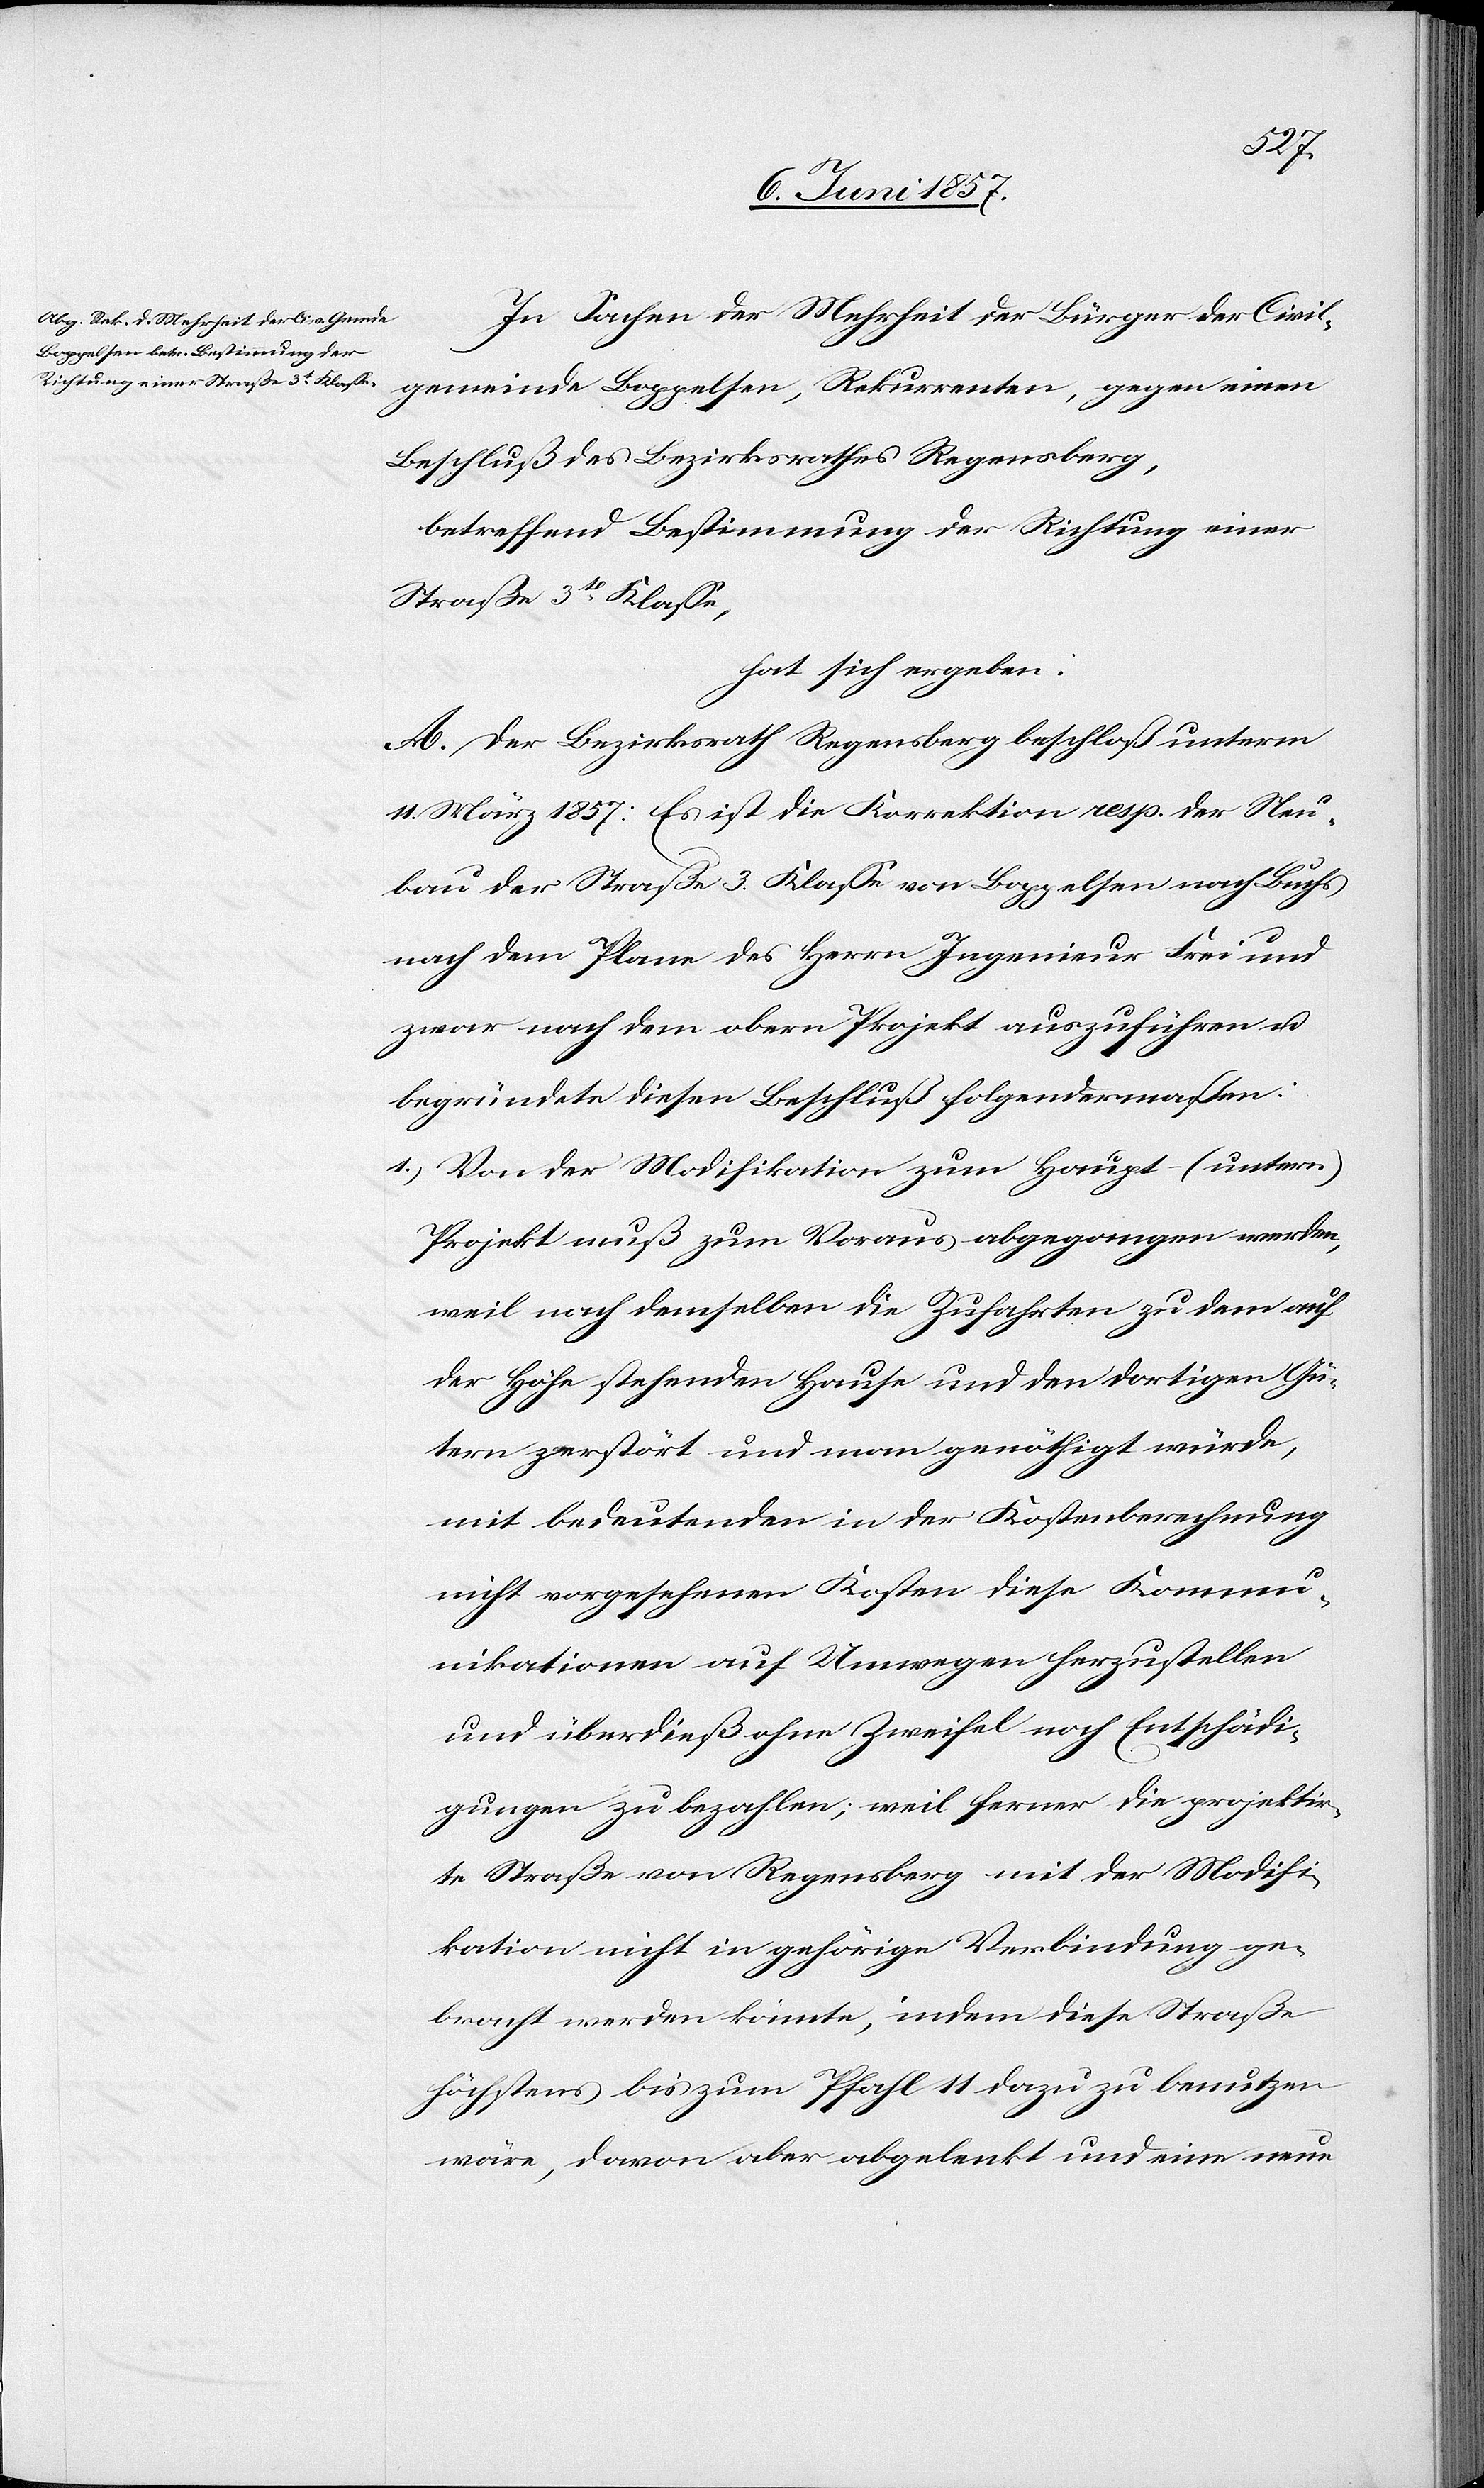
In Sachen der Mehrheit der Bürger der Civil¬
gemeinde Boppelsen, Rekurrenten, gegen einen
Beschluß des Bezirksrathes Regensberg,
betreffend Bestimmung der Richtung einer
Straße 3tr Klasse,
hat sich ergeben:
A. Der Bezirksrath Regensberg beschloß unterm
14 März 1857: Es ist die Korrektion resp. der Neu¬
bau der Straße 3 Klasse von Boppelsen nach Buchs
nach dem Plane des Herrn Ingenieur Frei und
zwar nach dem obern Projekt auszuführen &
begründet diesen Beschluß folgendermaßen:
1.) Von der Modifikation zum Haupt- (untern)
Projekt muß zum Voraus abgegangen werden,
weil nach demselben die Zufahrten zu dem auf
der Höhe stehenden Hause und den dortigen Gü¬
tern zerstört und man genöthigt würde,
mit bedeutenden in der Kostenberechnung
nicht vorgesehenen Kosten diese Kommu¬
nikation auf Umwegen herzustellen
und überdieß ohne Zweifel noch Entschädi¬
gungen zu bezahlen; weil ferner die projektir¬
te Straße von Regensberg mit der Modifi¬
kation nicht in gehörige Verbindung ge¬
bracht werden könnte, indem diese Straße
höchstens bis zum Pfahl 11 dazu zu benutzen
wäre, davon aber abgelenkt und eine neue